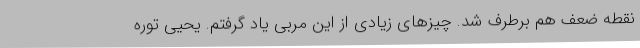
نقطه ضعف هم برطرف شد. چیزهای زیادی از این مربی یاد گرفتم. یحیی توره